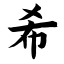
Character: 希